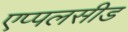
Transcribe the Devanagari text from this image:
एप्पलसीड